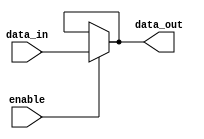
module buffer_with_enable (
    input wire enable,
    input wire data_in,
    output reg data_out
);

assign data_out = enable ? data_in : data_out;

endmodule